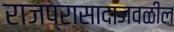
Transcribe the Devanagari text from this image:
राजप्रासादाजवळील